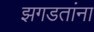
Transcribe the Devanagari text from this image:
झगडतांना